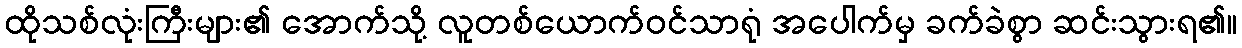
ထိုသစ်လုံးကြီးများ၏ အောက်သို့ လူတစ်ယောက်ဝင်သာရုံ အပေါက်မှ ခက်ခဲစွာ ဆင်းသွားရ၏။